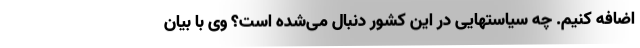
اضافه کنیم. چه سیاستهایی در این کشور دنبال می‌شده است؟ وی با بیان